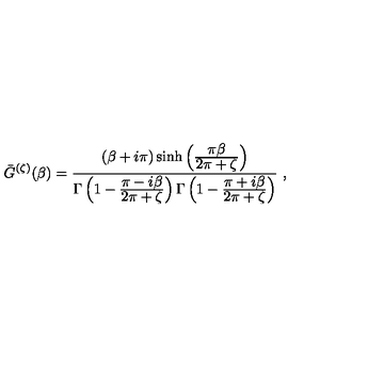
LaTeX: { \bar { G } } ^ { ( \zeta ) } ( \beta ) = { \frac { ( \beta + i \pi ) \sinh \left( { \frac { \displaystyle \pi \beta } { \displaystyle 2 \pi + \zeta } } \right) } { \Gamma \left( 1 - { \frac { \displaystyle \pi - i \beta } { \displaystyle 2 \pi + \zeta } } \right) \Gamma \left( 1 - { \frac { \displaystyle \pi + i \beta } { \displaystyle 2 \pi + \zeta } } \right) } } \ ,